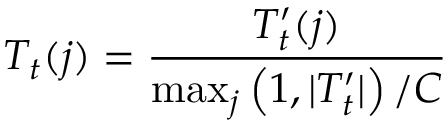
T _ { t } ( j ) = \frac { T _ { t } ^ { \prime } ( j ) } { \operatorname* { m a x } _ { j } \left( 1 , | T _ { t } ^ { \prime } | \right) / C }